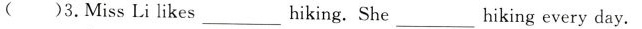
( )3. MissLi likes ___ hiking. She ___ hiking every day.